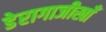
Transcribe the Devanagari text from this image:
डेरागाजीखाँ